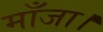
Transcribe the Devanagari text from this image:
माँजा।